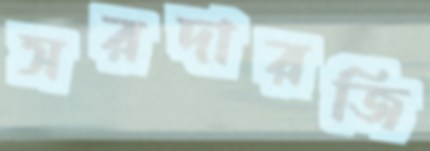
সরদারজি